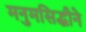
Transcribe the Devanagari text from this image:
मनुमसिद्धीने